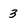
Character: 3